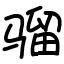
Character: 骝